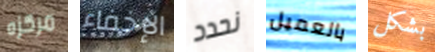
مركزه الإخفاء نحدد بالعميل بشكل